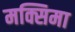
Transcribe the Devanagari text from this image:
मक्सिमा